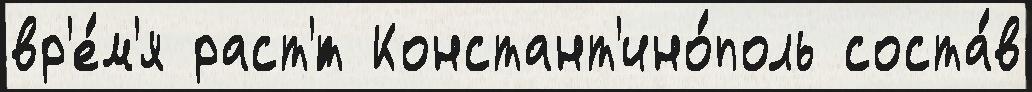
вр'е́м'я раст'́т Констант'ино́поль соста́в